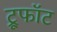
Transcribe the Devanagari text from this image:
ट्रूफॉट